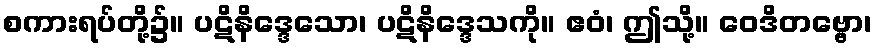
စကားရပ်တို့၌။ ပဋိနိဒ္ဒေသော၊ ပဋိနိဒ္ဒေသကို။ ဧဝံ၊ ဤသို့။ ဝေဒိတဗ္ဗော၊